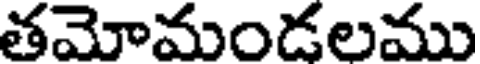
తమోమండలము